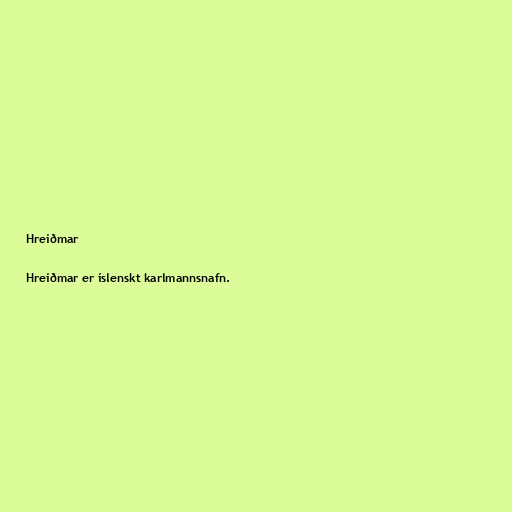
Hreiðmar

Hreiðmar er íslenskt karlmannsnafn.